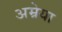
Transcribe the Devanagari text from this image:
अम्रेया